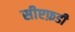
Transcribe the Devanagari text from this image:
सीएफ़डी